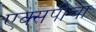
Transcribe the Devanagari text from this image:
एक्सपीचा